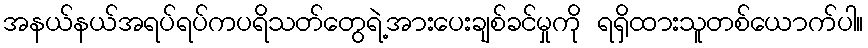
အနယ်နယ်အရပ်ရပ်ကပရိသတ်တွေရဲ့အားပေးချစ်ခင်မှုကို ရရှိထားသူတစ်ယောက်ပါ။